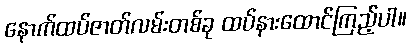
နောက်ထပ်ဇာတ်လမ်းတစ်ခု ထပ်နားထောင်ကြည့်ပါ။